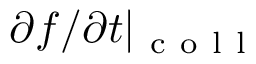
{ \partial f } / { \partial t } | _ { \mathrm { ~ c ~ o ~ l ~ l ~ } }